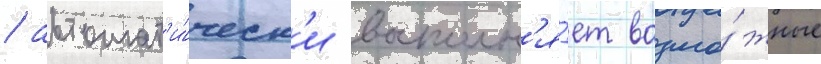
/ автомат'и́ческ'и восполн'я́ет возмо́жные